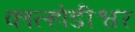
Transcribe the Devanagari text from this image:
काल्होडीश्वर